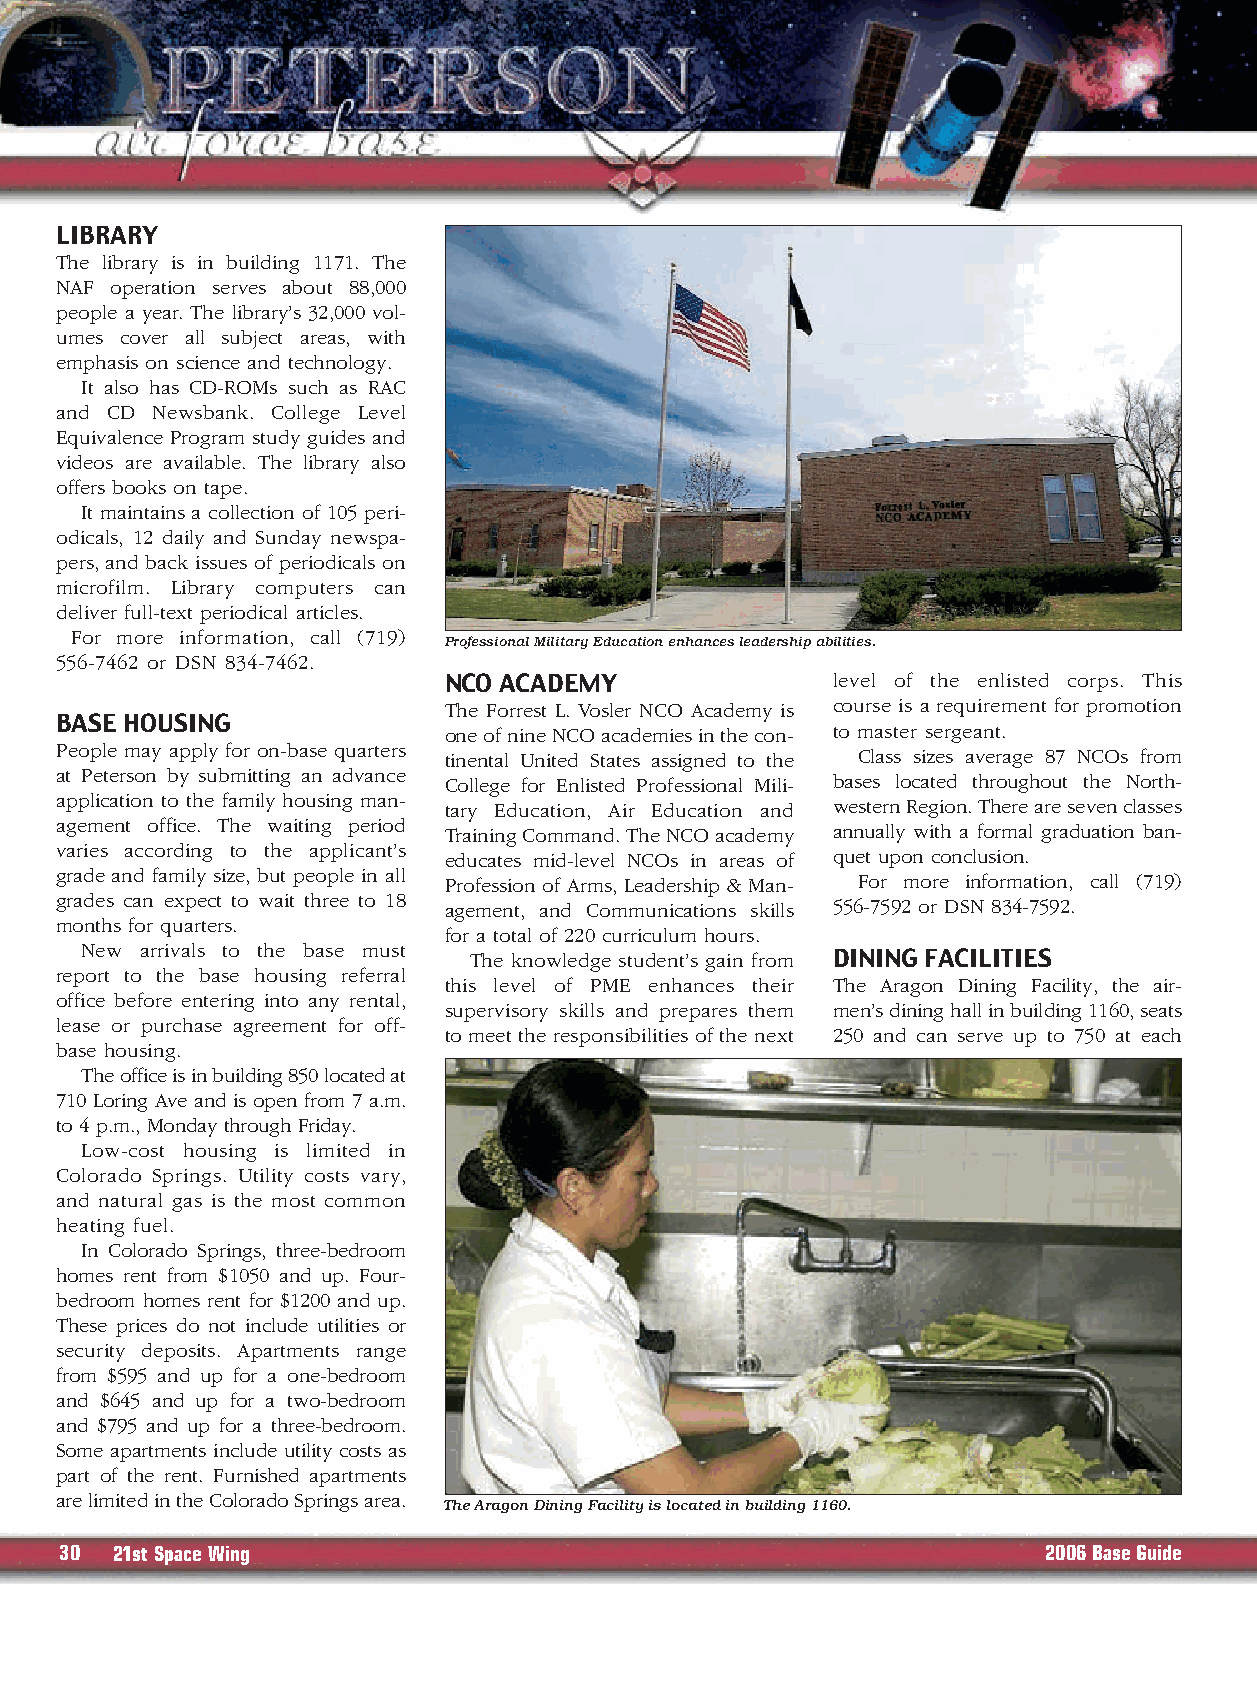
LIBRARY
 The library is in building 1171. The
 NAF operation serves about 88,000
 people a year. The library’s 32,000 vol-
 umes cover all subject areas, with
 emphasis on science and technology.
 It also has CD-ROMs such as RAC
 and CD Newsbank. College Level
 Equivalence Program study guides and
 videos are available. The library also
 offers books on tape.
 It maintains a collection of 105 peri-
 odicals, 12 daily and Sunday newspa-
 pers, and back issues of periodicals on
 microfilm. Library computers can
 deliver full-text periodical articles.
 For more information, call (719)
 Professional Military Education enhances leadership abilities.
 556-7462 or DSN 834-7462.
 NCO ACADEMY               level of the enlisted corps. This
 The Forrest L. Vosler NCO Academy is course is a requirement for promotion
 BASE HOUSING
 one of nine NCO academies in the con- to master sergeant.
 People may apply for on-base quarters tinental United States assigned to the Class sizes average 87 NCOs from
 at Peterson by submitting an advance College for Enlisted Professional Mili- bases located throughout the North-
 application to the family housing man- tary Education, Air Education and western Region. There are seven classes
 agement office. The waiting period Training Command. The NCO academy annually with a formal graduation ban-
 varies according to the applicant’s educates mid-level NCOs in areas of quet upon conclusion.
 grade and family size, but people in all Profession of Arms, Leadership & Man- For more information, call (719)
 grades can expect to wait three to 18 agement, and Communications skills 556-7592 or DSN 834-7592.
 months for quarters.
 for a total of 220 curriculum hours.
 New arrivals to the base must The knowledge student’s gain from DINING FACILITIES
 report to the base housing referral
 this level of PME enhances their The Aragon Dining Facility, the air-
 office before entering into any rental,
 supervisory skills and prepares them men’s dining hall in building 1160, seats
 lease or purchase agreement for off-
 to meet the responsibilities of the next 250 and can serve up to 750 at each
 base housing.
 The office is in building 850 located at
 710 Loring Ave and is open from 7 a.m.
 to 4 p.m., Monday through Friday.
 Low-cost housing is limited in
 Colorado Springs. Utility costs vary,
 and natural gas is the most common
 heating fuel.
 In Colorado Springs, three-bedroom
 homes rent from $1050 and up. Four-
 bedroom homes rent for $1200 and up.
 These prices do not include utilities or
 security deposits. Apartments range
 from $595 and up for a one-bedroom
 and $645 and up for a two-bedroom
 and $795 and up for a three-bedroom.
 Some apartments include utility costs as
 part of the rent. Furnished apartments
 are limited in the Colorado Springs area.
 The Aragon Dining Facility is located in building 1160.
 30 21st Space Wing                                               2006 Base Guide